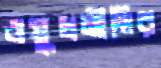
ওষুধনীতির